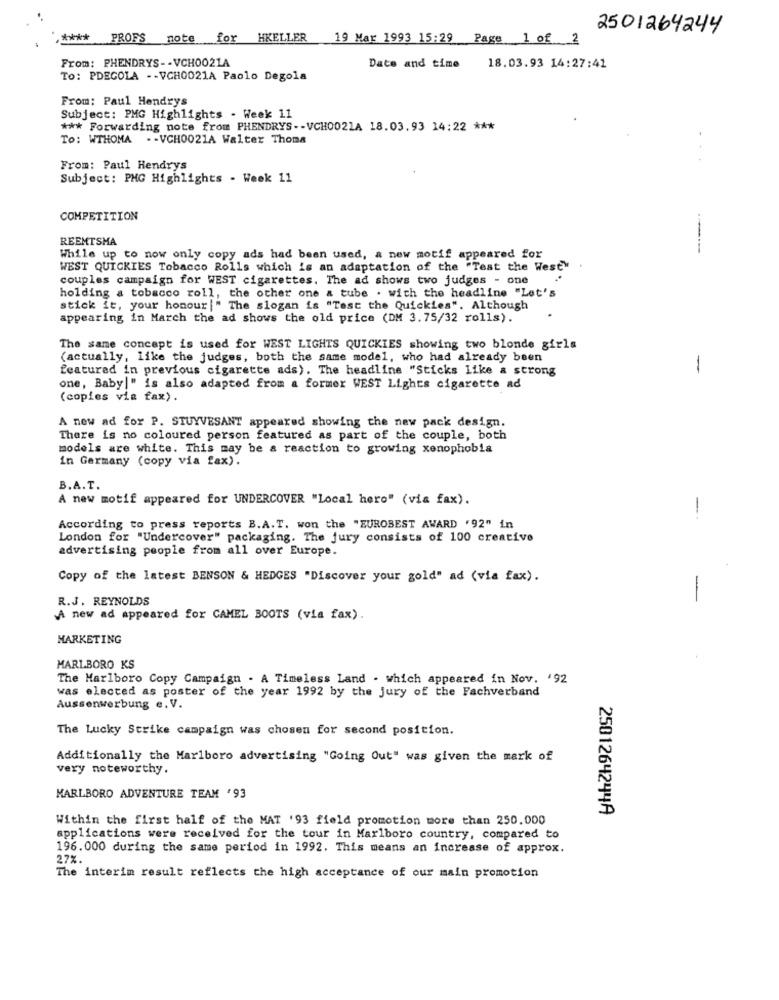
2501264244
****
PROFS
note
for
HKELLER
19 Mar 1993 15:29
Page 1of 2
From: PHENDRYS- - VCH0021A
Date and time
18.03.93 14:27:41
To: PDEGOLA -- VCH0021A Paolo Degola
From: Paul Hendrys
Subject: PMG Highlights - Week 11
*** Forwarding note from PHENDRYS -- VCH0021A 18.03.93 14:22 ***
To: WTHOMA -- VCH0021A Walter Thoma
From: Paul Hendrys
Subject: PMG Highlights - Week 11
COMPETITION
REEMTSMA
While up to now only copy ads had been used, a new motif appeared for
WEST QUICKIES Tobacco Rolls which is an adaptation of the "Test the West"
couples campaign for WEST cigarettes. The ad shows two judges - one
holding a tobacco roll, the other one & tube . with the headline "Let's
stick it, your honour|" The slogan is "Test the Quickies", Although
appearing in March the ad shows the old price (DM 3. 75/32 rolls).
The same concept is used for WEST LIGHTS QUICKIES showing two blonde girls
(actually, like the judges, both the same model, who had already been
featured in previous cigarette ads). The headline "Sticks like a strong
1
one, Baby|" is also adapted from a former WEST Lights cigarette ad
(copies via fax).
A new ad for P. STUYVESANT appeared showing the new pack design.
There is no coloured person featured as part of the couple, both
models are white. This may be a reaction to growing xenophobia
in Germany (copy via fax).
B.A.T.
A new motif appeared for UNDERCOVER "Local hero" (via fax).
-.
According to press reports B.A.T. won the "EUROBEST AWARD '92" in
London for "Undercover" packaging. The jury consists of 100 creative
advertising people from all over Europe.
Copy of the latest BENSON & HEDGES "Discover your gold" ad (via fax).
-
R.J. REYNOLDS
A new ad appeared for CAMEL BOOTS (via fax).
MARKETING
MARLBORO KS
The Marlboro Copy Campaign . A Timeless Land . which appeared in Nov. '92
was elected as poster of the year 1992 by the jury of the Fachverband
Aussenwerbung e. V.
The Lucky Strike campaign was chosen for second position.
Additionally the Marlboro advertising "Going Out" was given the mark of
very noteworthy.
MARLBORO ADVENTURE TEAM '93
2501264244A
Within the first half of the MAT '93 field promotion more than 250.000
applications were received for the tour in Marlboro country, compared to
196.000 during the same period in 1992. This means an increase of approx.
27%.
The interim result reflects the high acceptance of our main promotion